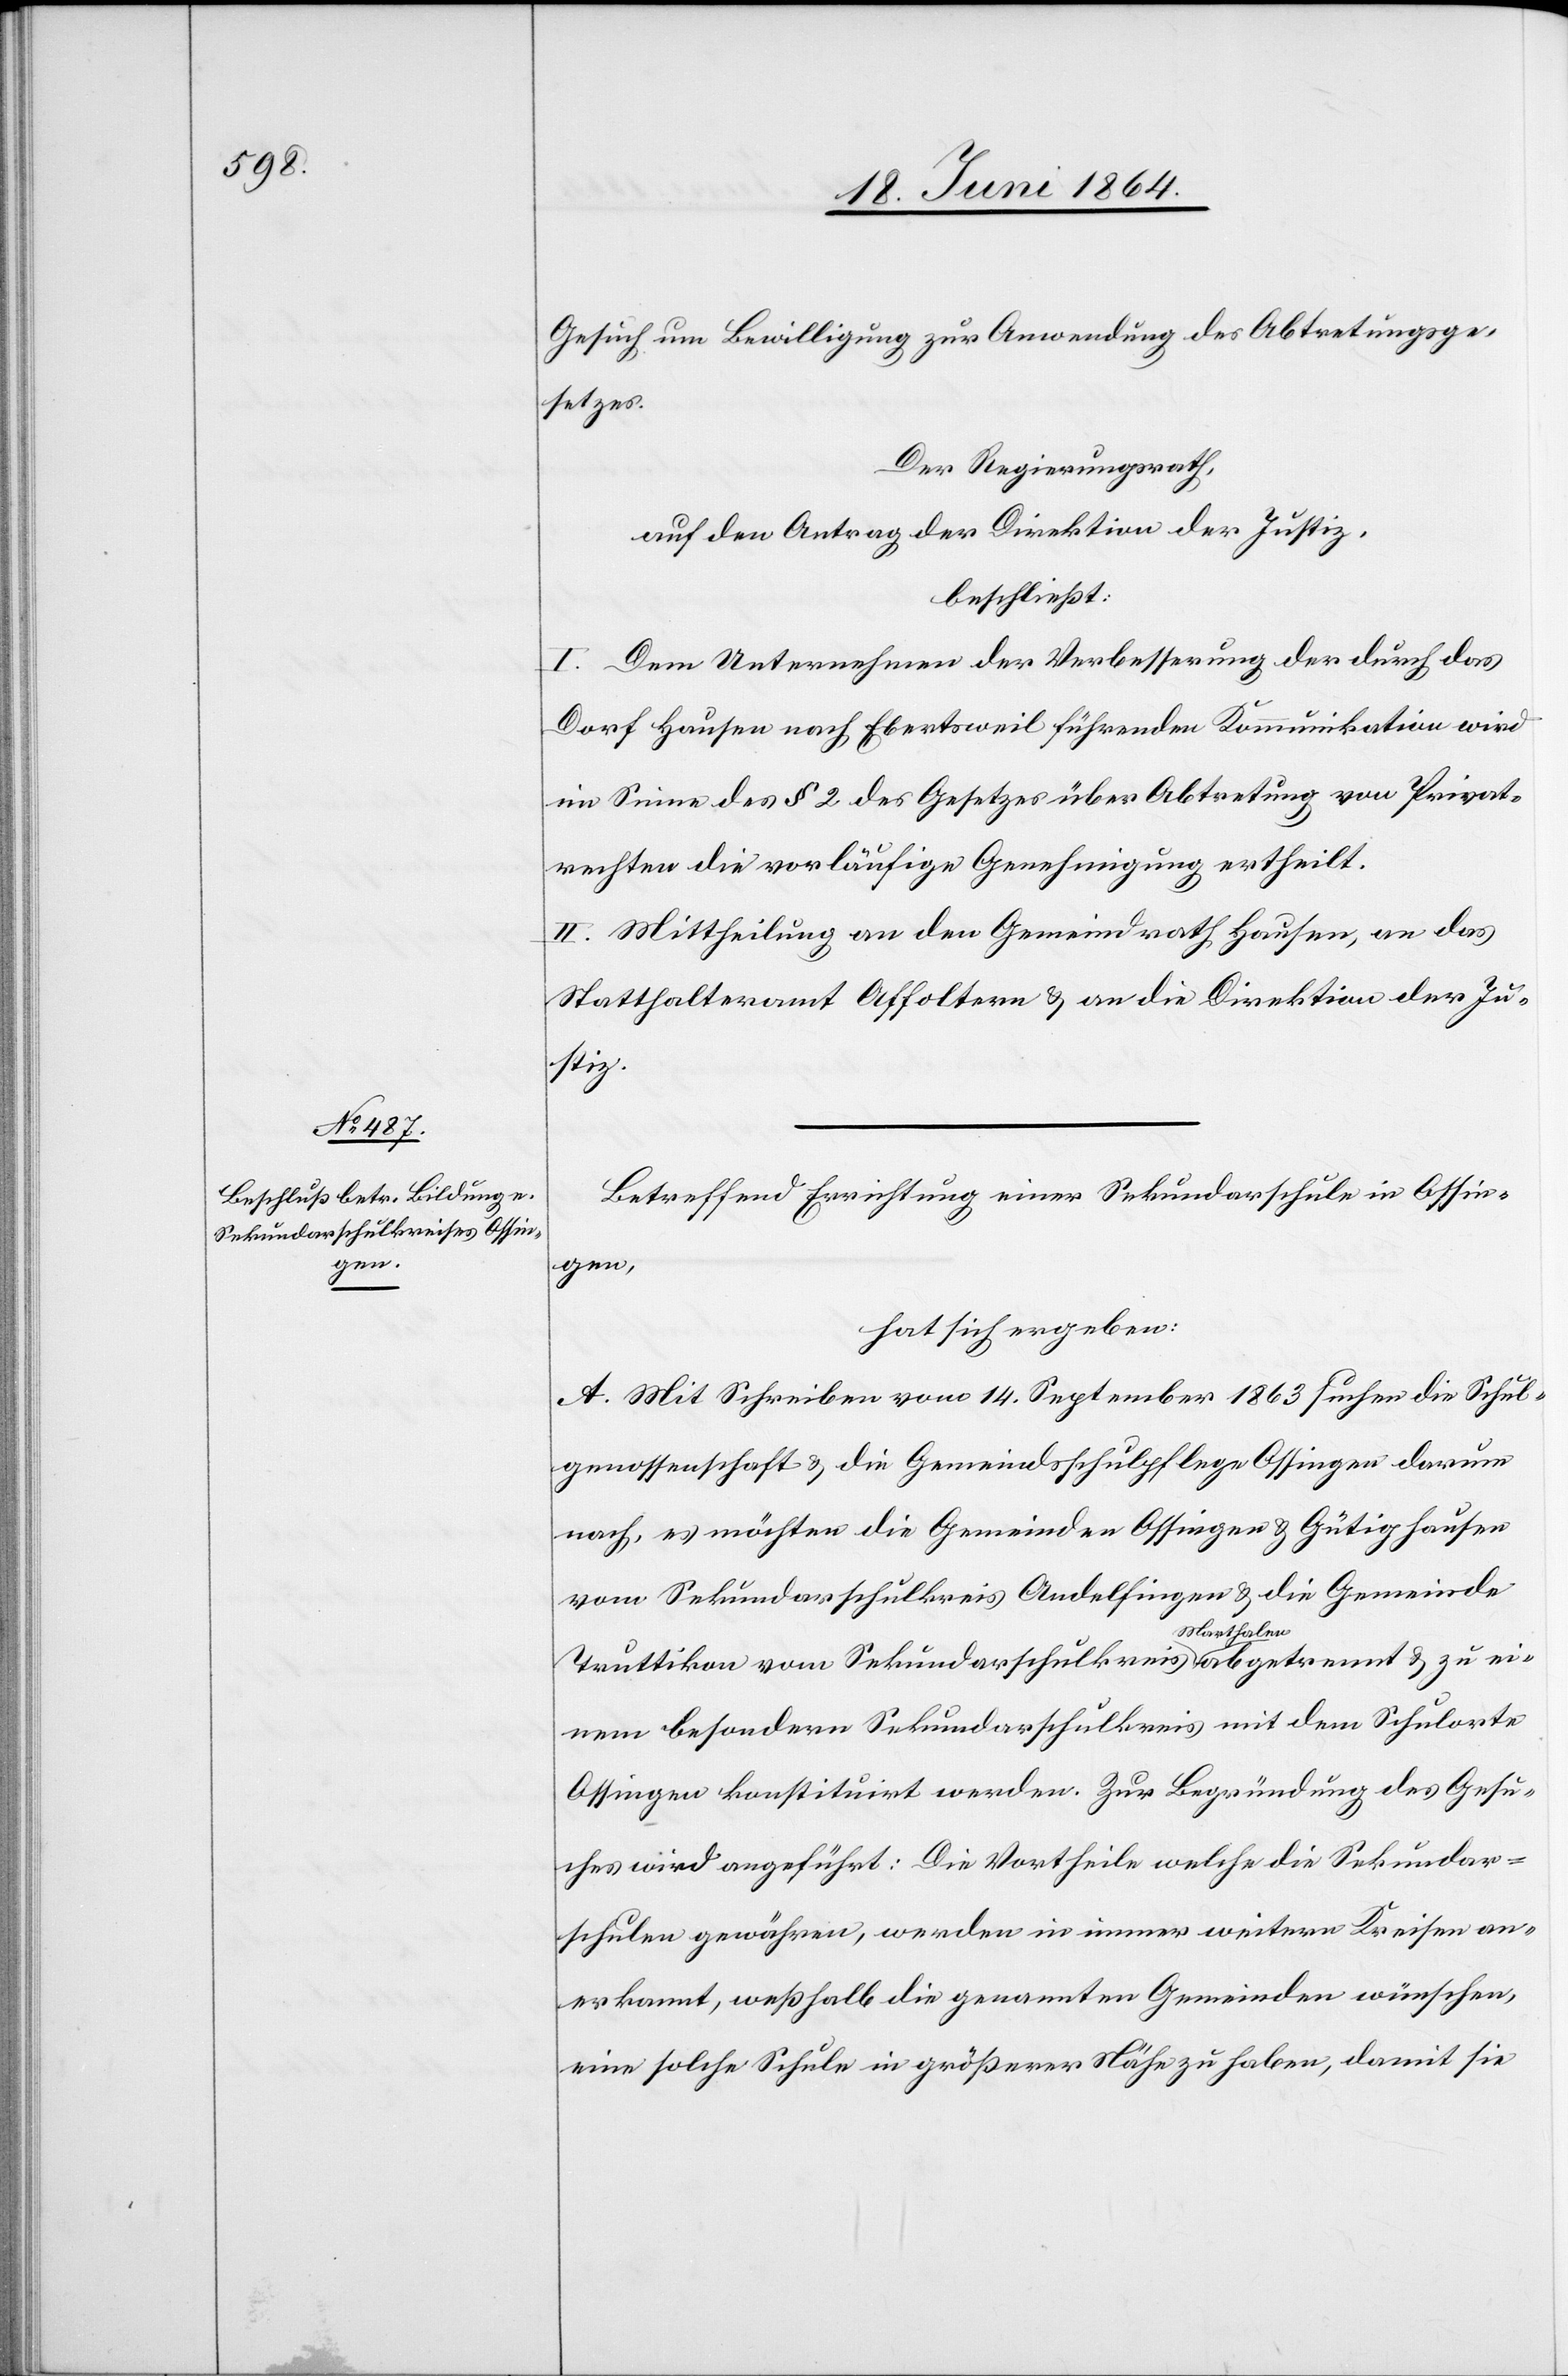
Gesuch um Bewilligung zur Anwendung des Abtretungsge¬
setzes.
Der Regierungsrath,
auf den Antrag der Direktion der Justiz,
beschließt:
I. Dem Unternehmen der Verbesserung der durch das
Dorf Hausen nach Ebertsweil führenden Kommunikation wird
im Sinne des § 2 des Gesetzes über Abtretung von Privat¬
rechten die vorläufige Genehmigung ertheilt.
II. Mittheilung an den Gemeindrath Hausen, an das
Statthalteramt Affoltern u. an die Direktion der Ju¬
stiz.
Betreffend Errichtung einer Sekundarschule in Ossin¬
gen,
hat sich ergeben:
A. Mit Schreiben vom 14. September 1863 suchen die Schul¬
genossenschaft u. die Gemeindsschulpflege Ossingen darum
nach, es möchten die Gemeinden Ossingen u. Gütighausen
vom Sekundarschulkreis Andelfingen u. die Gemeinde
Truttikon vom Sekundarschulkreis Marthalen abgetrennt u. zu ei¬
nem besondern Sekundarschulkreis mit dem Schulorte
Ossingen konstituiert werden. Zur Begründung des Gesu¬
ches wird angeführt: Die Vortheile welche die Sekundar¬
schulen gewähren, werden in immer weitern Kreisen an¬
erkannt, weßhalb die genannten Gemeinden wünschen,
eine solche Schule in größerer Nähe zu haben, damit sie